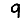
Digit: 9